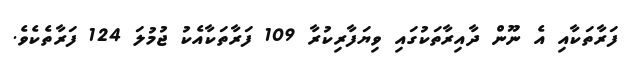
ފަރާތަކާއި އެ ނޫން ދާއިރާތަކުގައި ވިޔަފާރިކުރާ 109 ފަރާތަކާއެކު ޖުމުލަ 124 ފަރާތެކެވެ.